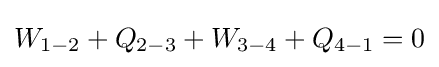
W_{1-2}+Q_{2-3}+W_{3-4}+Q_{4-1}=0